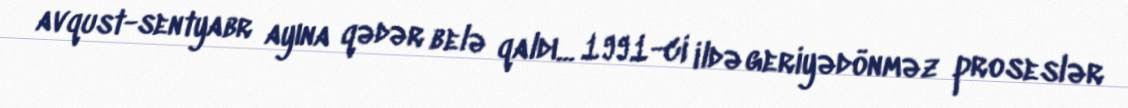
avqust-sentyabr ayına qədər belə qaldı... 1991-ci ildə geriyədönməz proseslər